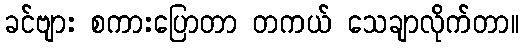
ခင်ဗျား စကားပြောတာ တကယ် သေချာလိုက်တာ။